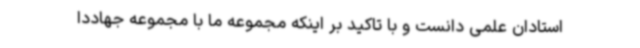
استادان علمی دانست و با تاکید بر اینکه مجموعه ما با مجموعه جهاددا